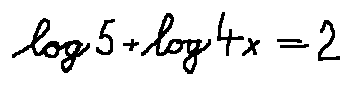
\log 5 + \log 4 x = 2